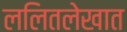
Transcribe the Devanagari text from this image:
ललितलेखात